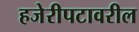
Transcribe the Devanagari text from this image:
हजेरीपटावरील